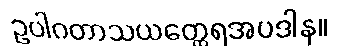
ဥပါဂတာသယတ္ထေရအပဒါန။